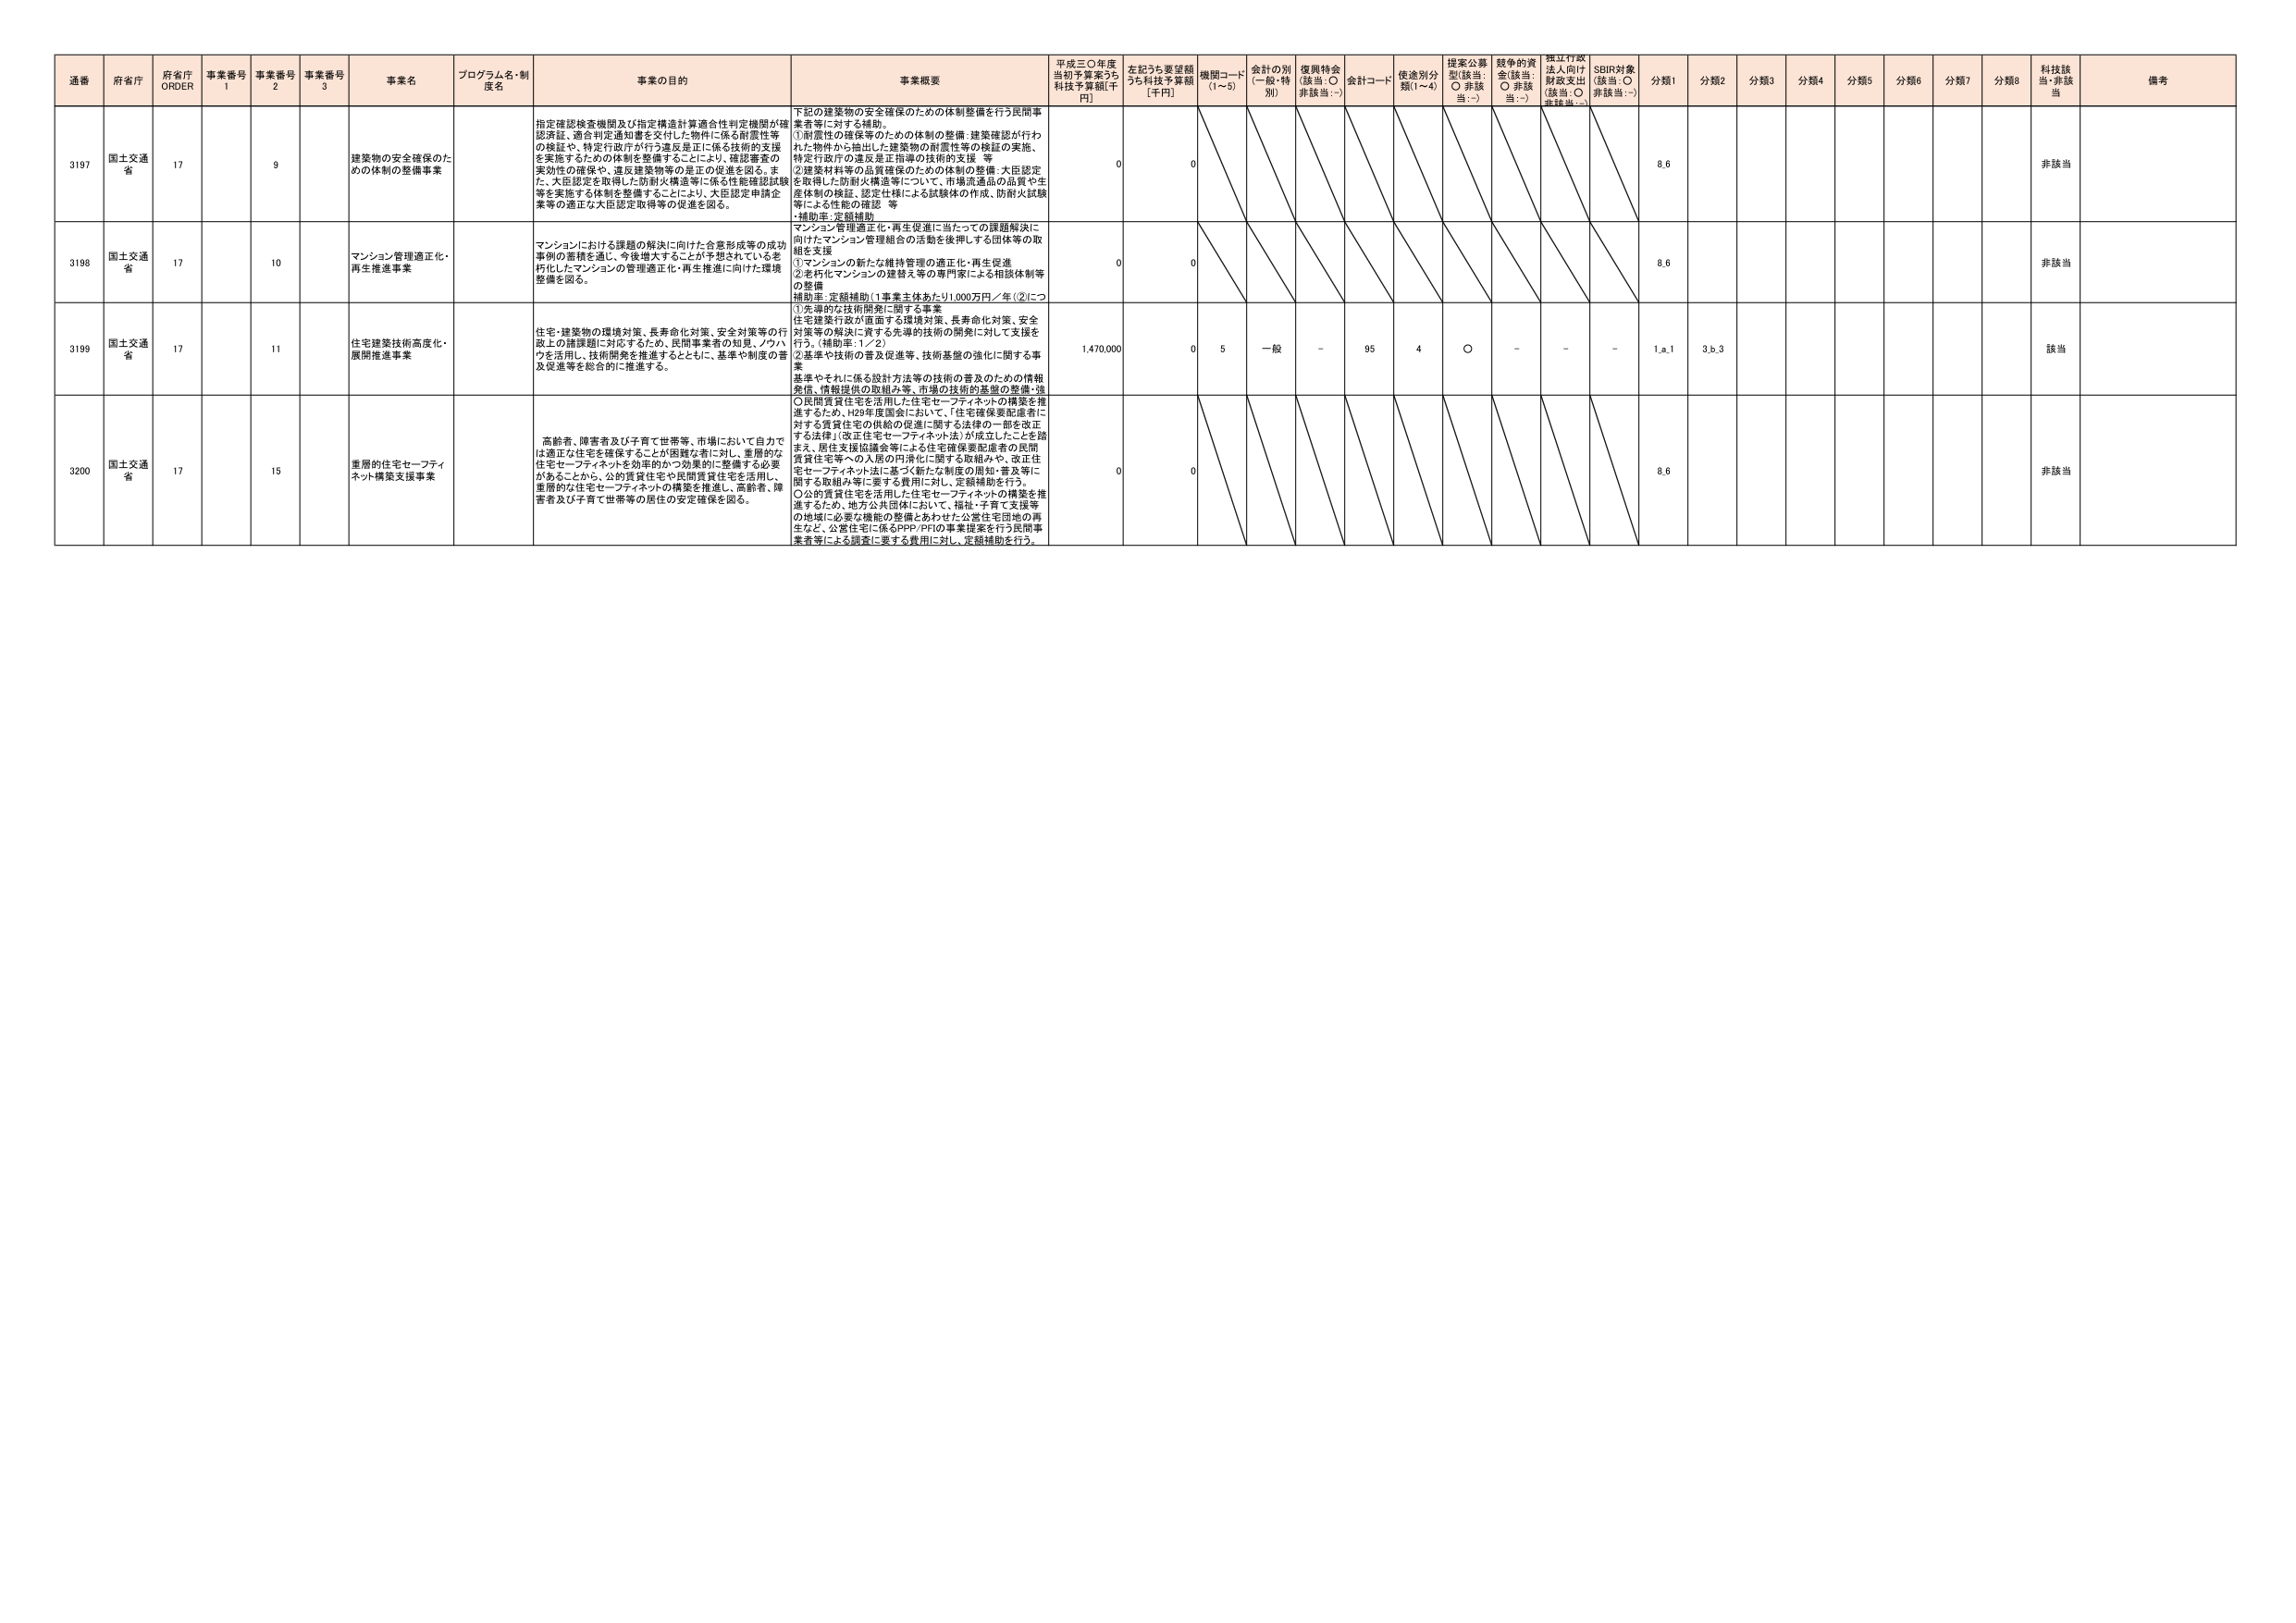
通番 府省庁 府省庁 ORDER 事業番号 1 事業番号 2 事業番号 3 事業名 プログラム名・制度名 事業の目的 事業概要 平成三〇年度当初予算案うち 科技予算額[千円] 左記うち要望額うち科技予算額 [千円] 機関コード (1～5) 会計の別 (一般・特別) 復興特会 (該当：〇 非該当：-) 会計コード 用途別分類(1～4) 提案公募型(該当：〇 非該当：-) 競争的資金(該当：〇 非該当：-) 独立行政法人向け財政支出 (該当：〇 非該当：-) SBIR対象 (該当：〇 非該当：-) 分類1 分類2 分類3 分類4 分類5 分類6 分類7 分類8 科技該当・非該当 備考

3197 国土交通省 17 9 建築物の安全確保のための体制の整備事業 指定確認検査機関及び指定構造計算適合性判定機関が確認済証、適合判定通知書を交付した物件に係る耐震性等の保証や、特定行政庁が行う違反是正に係る技術的支援を実施するための体制を整備することにより、確認審査の実効性の確保や、違反建築物等の是正の促進を図る。また、大臣認定を取得した防耐火構造等に係る性能確認試験等を実施する体制を整備することにより、大臣認定申請企業等の適正な大臣認定取得等の促進を図る。 下記の建築物の安全確保のための体制整備を行う民間事業者等に対する補助。 ①耐震性の確保等のための体制の整備：建築確認が行われた物件から抽出した建築物の耐震性等の確認の実施、特定行政庁の違反是正指導の技術的支援 等 ②建築材料等の品質確保のための体制の整備：大臣認定を取得した防耐火構造等について、市場流通品の品質や生産体制の確認、認定仕様による試験体の作成、防耐火試験等による性能の確認 等 ・補助率：定額補助 0 0 非該当

3198 国土交通省 17 10 マンション管理適正化・再生推進事業 マンションにおける課題の解決に向けた合意形成等の成功事例の蓄積を通じ、今後増大することが予想されている老朽化したマンションの管理適正化・再生推進に向けた環境整備を図る。 マンション管理適正化・再生促進に当たっての課題解決に向けたマンション管理組合の活動を後押しする団体等の取組を支援 ①マンションの新たな維持管理の適正化・再生促進 ②老朽化マンションの建替え等の専門家による相談体制等の整備 補助率：定額補助(1事業主体あたり1,000万円／年（②につ 0 0 非該当

3199 国土交通省 17 11 住宅建築技術高度化・展開推進事業 住宅・建築物の環境対策、長寿命化対策、安全対策等の行政上の諸課題に対応するため、民間事業者の知見、ノウハウを活用し、技術開発を推進するとともに、基準や制度の普及促進等を総合的に推進する。 ①先導的な技術開発に関する事業 住宅建築行政が直面する環境対策、長寿命化対策、安全対策等の解決に資する先導的技術の開発に対して支援を行う。（補助率：1／2） ②基準や技術の普及促進等、技術基盤の強化に関する事業 基準やそれに係る設計方法等の技術の普及のための情報発信、情報提供の取組み等、市場の技術的基盤の整備・強 1,470,000 0 5 一般 - 95 4 〇 - - - 1,a,1 3,b,3 該当

3200 国土交通省 17 15 重層的住宅セーフティネット構築支援事業 高齢者、障害者及び子育て世帯等、市場において自力では適正な住宅を確保することが困難な者に対し、重層的な住宅セーフティネットを効率的かつ効果的に整備する必要があることから、公的賃貸住宅や民間賃貸住宅を活用し、重層的な住宅セーフティネットの構築を推進し、高齢者、障害者及び子育て世帯等の居住の安定確保を図る。 〇民間賃貸住宅を活用した住宅セーフティネットの構築を推進するため、H29年度国会において、「住宅確保要配慮者に対する賃貸住宅の供給の促進に関する法律」の一部を改正する法律」（改正住宅セーフティネット法）が成立したことを踏まえ、居住支援協議会等による住宅確保要配慮者の民間賃貸住宅等への入居の円滑化に関する取組みや、改正住宅セーフティネット法に基づく新たな制度の周知・普及等に関する取組み等に要する費用に対し、定額補助を行う。 〇公的賃貸住宅を活用した住宅セーフティネットの構築を推進するため、地方公共団体において、福祉・子育て支援等の地域に必要な機能の整備とあわせた公営住宅団地の再生など、公営住宅に係るPPP/PFIの事業提案を行う民間事業者等による調査に要する費用に対し、定額補助を行う。 0 0 非該当